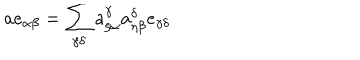
a e _ { \alpha \beta } = \sum _ { \gamma \delta } a _ { \xi \alpha } ^ { \gamma } a _ { \eta \beta } ^ { \delta } e _ { \gamma \delta }